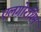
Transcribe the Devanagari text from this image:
एलगोरथिम